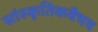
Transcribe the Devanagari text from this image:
सांस्कृतिकवैभव